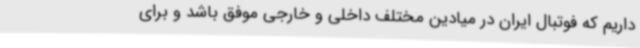
داریم که فوتبال ایران در میادین مختلف داخلی و خارجی موفق باشد و برای